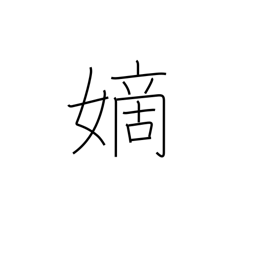
Meaning: legitimate wife